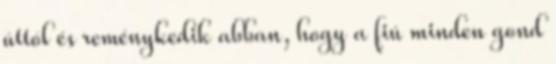
úttól és reménykedik abban, hogy a fiú minden gond